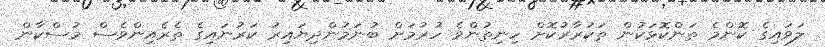
ލަވައިގެ ކޮންމެ ތަންކޮޅަކުން ތަކުރާރުކޮށް ހިނިތުންވެ ހުރުމަށް ބުނަމުންދިޔައިރު ކަރުނައިގެ ތެރެއިންވެސް މުސްކާން